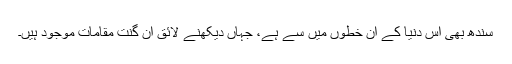
سندھ بھی اس دنیا کے ان خطوں میں سے ہے، جہاں دیکھنے لائق ان گنت مقامات موجود ہیں۔